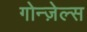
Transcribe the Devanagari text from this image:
गोन्ज़ेल्स